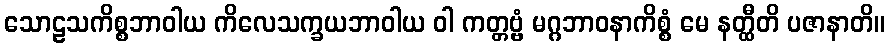
သောဠသကိစ္စဘာဝါယ ကိလေသက္ခယဘာဝါယ ဝါ ကတ္တဗ္ဗံ မဂ္ဂဘာဝနာကိစ္စံ မေ နတ္ထီတိ ပဇာနာတိ။